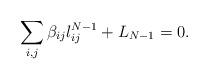
LaTeX: \begin{align*}\sum_{i,j}\beta_{ij}l_{ij}^{N-1}+L_{N-1}=0.\end{align*}